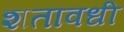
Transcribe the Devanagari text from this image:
शतावधी